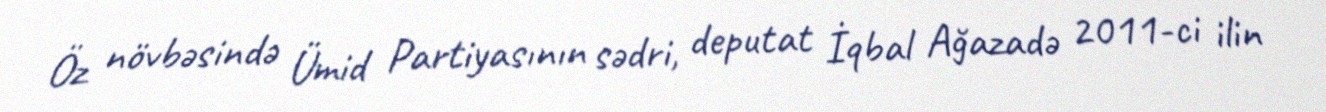
Öz növbəsində Ümid Partiyasının sədri, deputat İqbal Ağazadə 2011-ci ilin